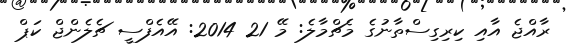
ރާއްޖެ އާއި ކިރިގިސްތާނުގެ މެޗްމާލެ: މޭ 21 2014: އޭއެފްސީ ޗެލެންޖް ކަޕް